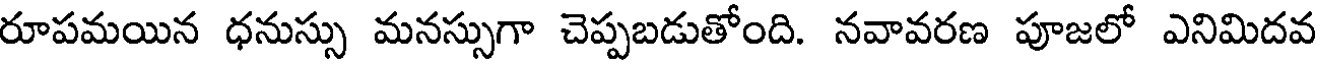
రూపమయిన ధనుస్సు మనస్సుగా చెప్పబడుతోంది. నవావరణ పూజలో ఎనిమిదవ